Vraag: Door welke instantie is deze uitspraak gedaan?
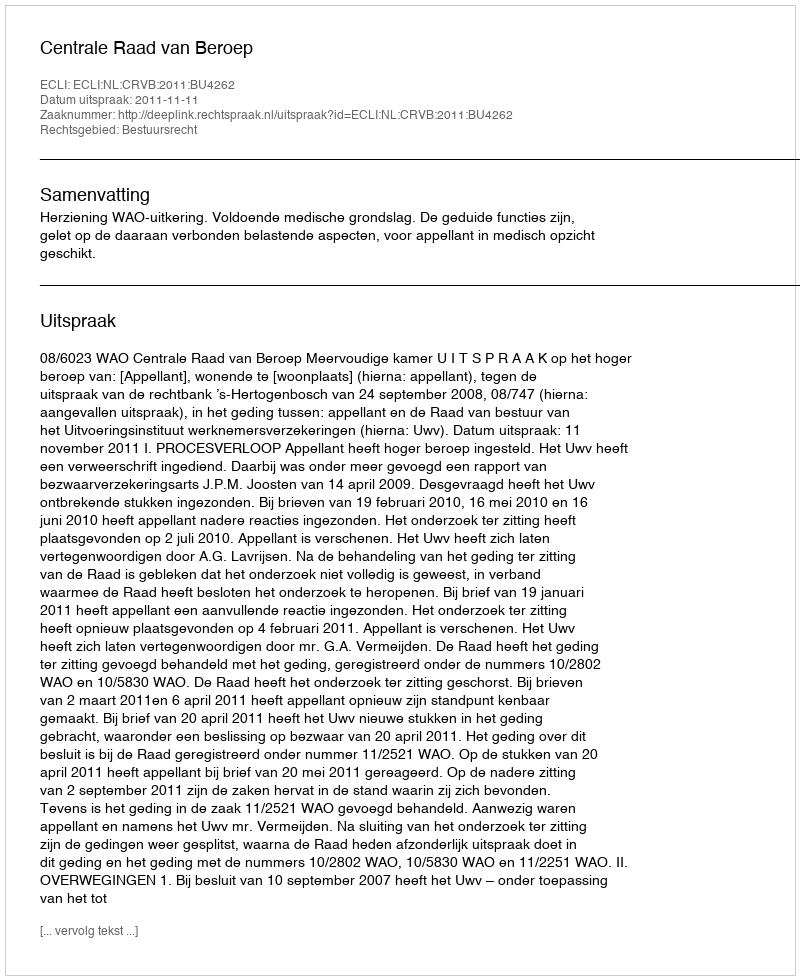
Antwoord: Centrale Raad van Beroep